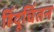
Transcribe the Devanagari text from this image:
हिंदूचिंतन